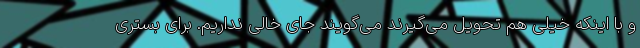
و با اینکه خیلی هم تحویل می‌گیرند می‌گویند جای خالی نداریم. برای بستری